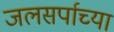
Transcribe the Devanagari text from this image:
जलसर्पाच्या